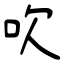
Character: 吹